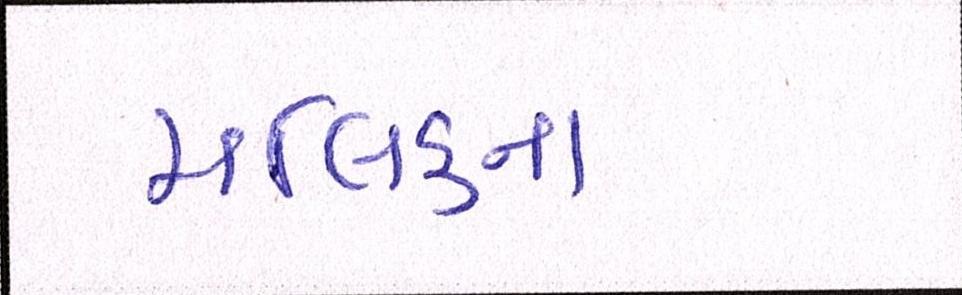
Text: મલિકના